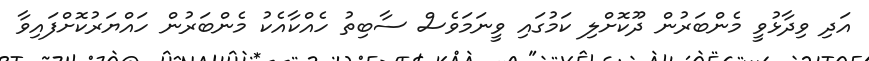
އަދި ވިދާޅުވީ މެންބަރުން ދޫކޮށްލި ކަމުގައި ވީނަމަވެސް ސާބިތު ހެއްކާއެކު މެންބަރުން ހައްޔަރުކޮށްފައިވާ